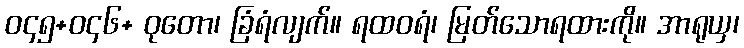
ဝ၄၅+ဝ၄၆+ ဝုတော၊ ခြံရံလျက်။ ရထဝရံ၊ မြတ်သောရထားကို။ အာရုယှ၊